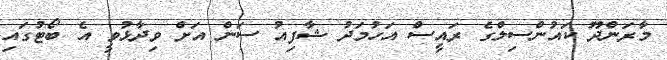
މާރަންދޫ ކައުންސިލްގެ ރައީސް އަހުމަދު ޝާފިއު ސަން އަށް ވިދާޅުވީ އެ ބޯޓުގައި